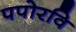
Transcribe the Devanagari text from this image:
पपोरवि